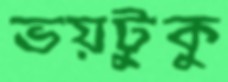
ভয়টুকু